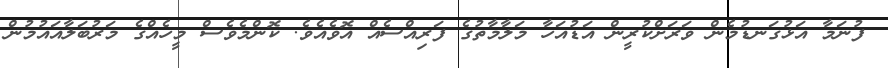
ފުނަމާ އަޅުގަނޑުމެން ވަރަށްކުރީން އަޑުއަހާ މަލާމާތުގެ ފަރިއްސެއް އޮވެއެވެ. ކޮންމެވެސް މީހެއްގެ މަރުބަލާއައުމުން